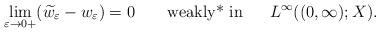
LaTeX: \begin{align*}\displaystyle \lim_{\varepsilon \to 0+}(\widetilde w_\varepsilon-w_\varepsilon)=0 \qquad\hbox{\rm weakly* in }\quad\ L^\infty((0,\infty);X).\end{align*}